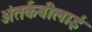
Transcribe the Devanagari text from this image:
अंतर्कबीलाई